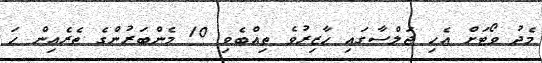
މެދު ވޯޓަށް އެހި ޖަލްސާގައި ހާޒިރުވެ ތިއްބެވި 10 މެންބަރުންގެ ތެރެއިން ހަ